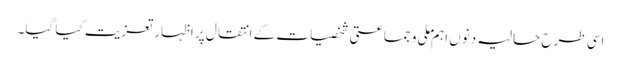
اسی طرح حالیہ دنوں اہم ملی و جماعتی شخصیات کے انتقال پر اظہار تعزیت کیا گیا۔